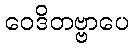
ဝေဒိတဗ္ဗာပေ